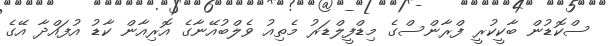
ސްކޮޑުން ބާކީކުރީ ފްރާންސްގެ މިޑްފީލްޑަރު މެތިއު ވެލްބުއޭނާގެ އޮރިއާން ކާޑު އުފައްދާ އޭގެ